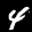
Label: 4